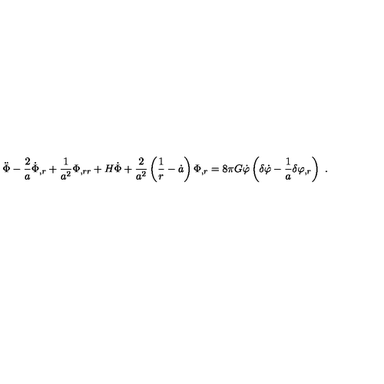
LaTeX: \ddot { \Phi } - \frac { 2 } { a } \dot { \Phi } _ { , r } + \frac { 1 } { a ^ { 2 } } \Phi _ { , r r } + H \dot { \Phi } + \frac { 2 } { a ^ { 2 } } \left( \frac { 1 } { r } - \dot { a } \right) \Phi _ { , r } = 8 \pi G \dot { \varphi } \left( \delta \dot { \varphi } - \frac { 1 } { a } \delta \varphi _ { , r } \right) \ .